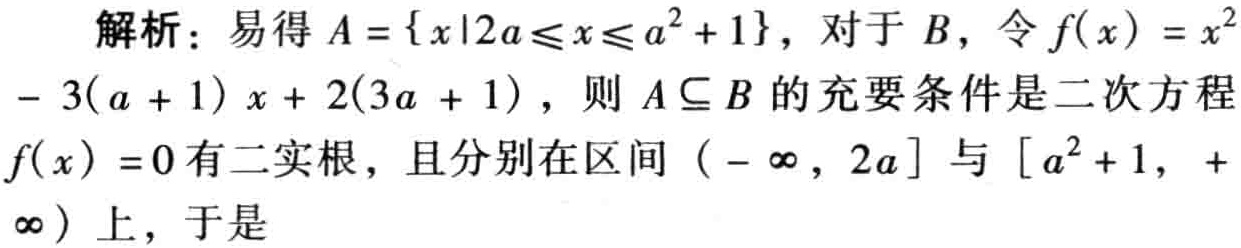
解析：易得\(A = \{ x|2a\leqslant x\leqslant a^{2} + 1\}\)，对于\(B\)，令\(f(x) = x^{2}- 3(a + 1)x + 2(3a + 1)\)，则\(A\subseteq B\)的充要条件是二次方程\(f(x)=0\)有二实根，且分别在区间\((-\infty,2a]\)与\([a^{2}+1,+\infty)\)上，于是